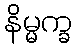
နိမ္မက္ခ